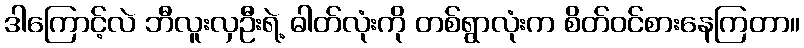
ဒါကြောင့်လဲ ဘီလူးလှဦးရဲ့ ဓါတ်လုံးကို တစ်ရွာလုံးက စိတ်ဝင်စားနေကြတာ။